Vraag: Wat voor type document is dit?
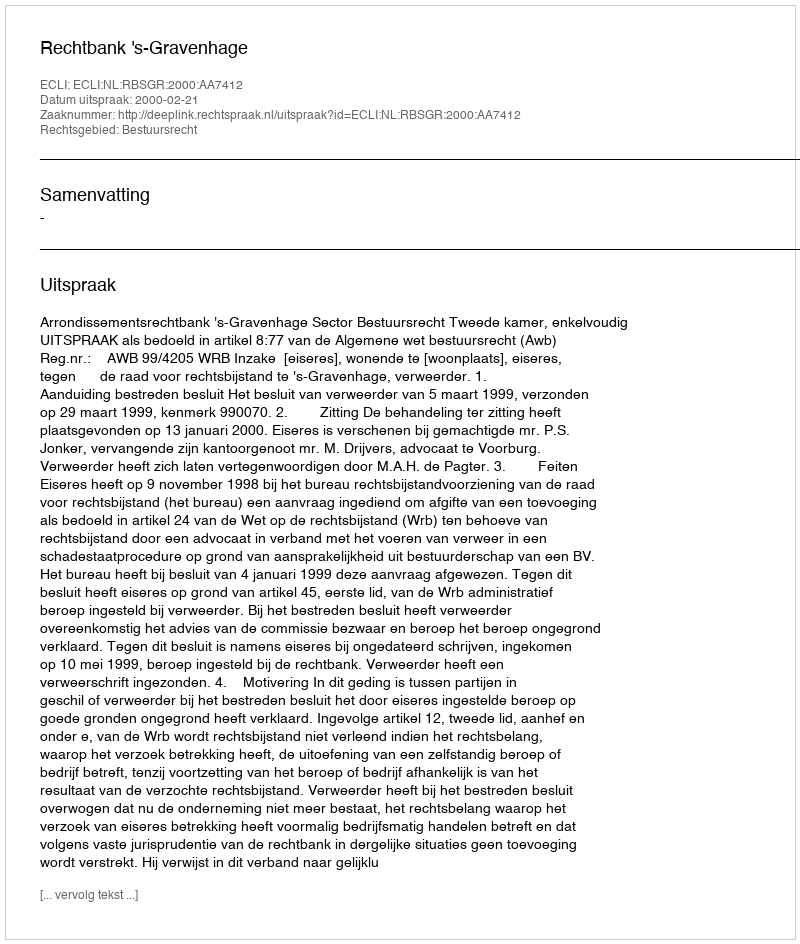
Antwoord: Uitspraak